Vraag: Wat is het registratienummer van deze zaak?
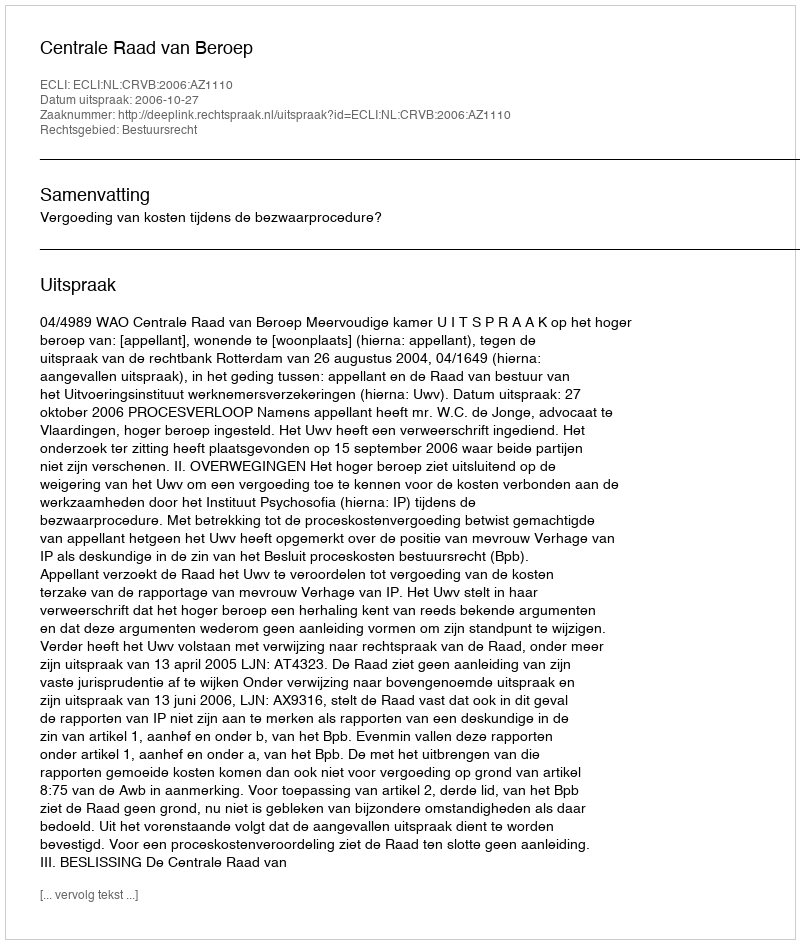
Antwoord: http://deeplink.rechtspraak.nl/uitspraak?id=ECLI:NL:CRVB:2006:AZ1110